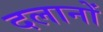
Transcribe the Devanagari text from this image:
दलानों